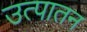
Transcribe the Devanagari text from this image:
उत्पातन